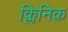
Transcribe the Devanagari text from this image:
क्लिनिक़